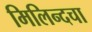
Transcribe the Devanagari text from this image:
मिलिन्दचा